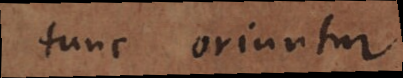
tunc oriuntur